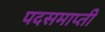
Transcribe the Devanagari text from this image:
पदसमाप्ती